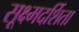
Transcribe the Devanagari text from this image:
सूक्ष्मदर्शिता